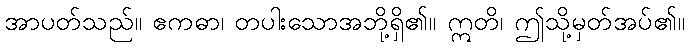
အာပတ်သည်။ ဧကဓာ၊ တပါးသောအဘို့ရှိ၏။ ဣတိ၊ ဤသို့မှတ်အပ်၏။